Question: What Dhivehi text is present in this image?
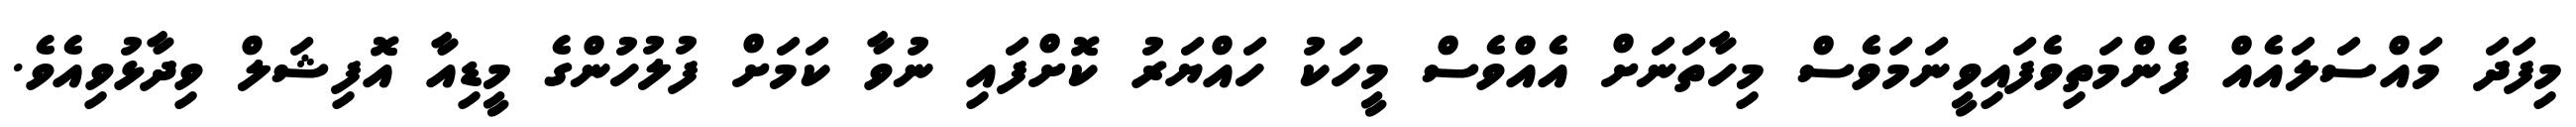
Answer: މިފަދަ މައްސަލައެއް ފެންމަތިވެފައިވީނަމަވެސް މިހާތަނަށް އެއްވެސް މީހަކު ހައްޔަރު ކޮށްފައި ނުވާ ކަމަށް ފުލުހުންގެ މީޑިއާ އޮފިޝަލް ވިދާޅުވިއެވެ.